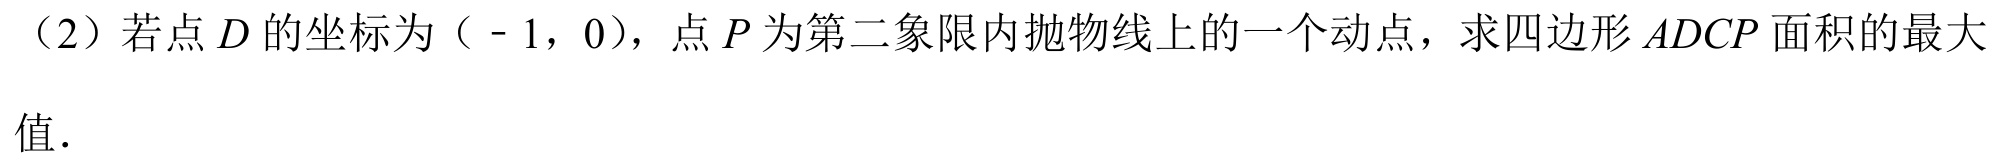
（2）若点\(D\)的坐标为（\(-1\)，\(0\)），点\(P\)为第二象限内抛物线上的一个动点，求四边形\(ADCP\)面积的最大值．